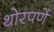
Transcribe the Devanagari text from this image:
थोरपणें